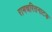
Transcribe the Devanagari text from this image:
रामचरितनाटक